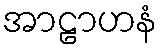
အာဠာဟနံ